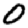
Digit: 0